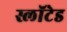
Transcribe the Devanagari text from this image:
स्लॉटेड